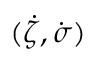
( \dot { \zeta } , \dot { \sigma } )